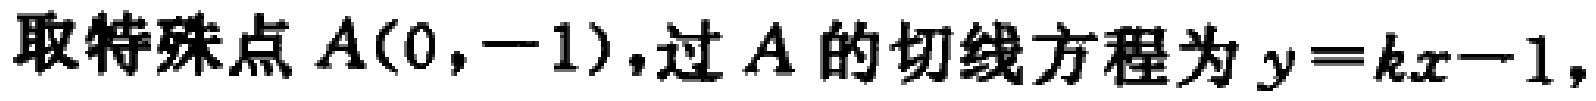
取特殊点 \(A(0,-1)\)，过 \(A\) 的切线方程为 \(y = kx - 1\)，